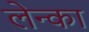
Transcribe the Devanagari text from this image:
लेन्का